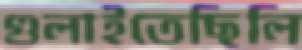
গুলাইতেছিলি